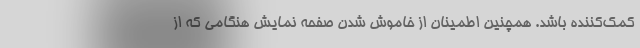
کمک‌کننده باشد. همچنین اطمینان از خاموش شدن صفحه نمایش هنگامی که از